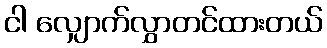
ငါ လျှောက်လွှာတင်ထားတယ်